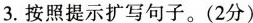
3.按照提示扩写句子。(2分)